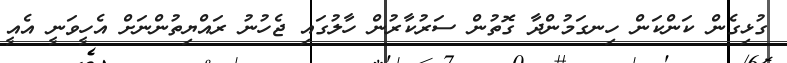
ގުޅިގެން ކަންކަން ހިނގަމުންދާ ގޮތުން ސަރުކާރުން ހާލުގައި ޖެހުނު ރައްޔިތުންނަށް އެހީވަނީ އެއީ